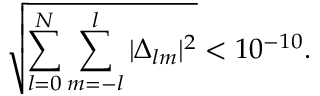
\sqrt { \sum _ { l = 0 } ^ { N } \sum _ { m = - l } ^ { l } | \Delta _ { l m } | ^ { 2 } } < 1 0 ^ { - 1 0 } .